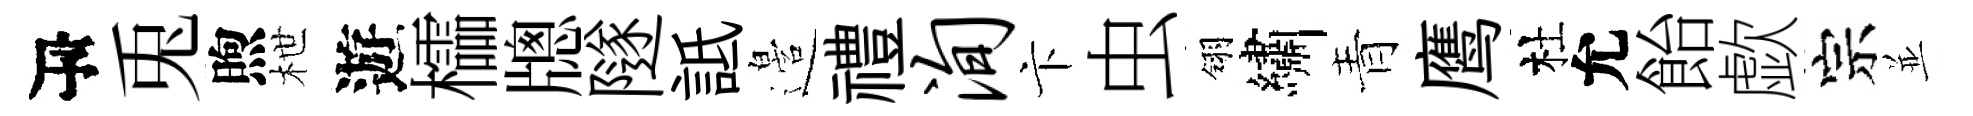
瓴兎煦枻遊櫺牕隧詆邉禮洵卞虫翎繡青鹰杜允飴歔宗並